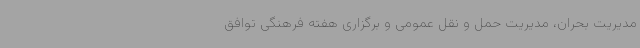
مدیریت بحران، مدیریت حمل و نقل عمومی و برگزاری هفته فرهنگی توافق